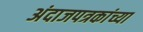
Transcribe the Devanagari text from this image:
अंदाजपत्रकांच्या